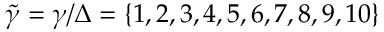
\tilde { \gamma } = \gamma / \Delta = \{ 1 , 2 , 3 , 4 , 5 , 6 , 7 , 8 , 9 , 1 0 \}